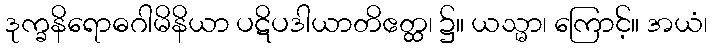
ဒုက္ခနိရောဓဂါမိနိယာ ပဋိပဒါယာတိဧတ္ထ၊ ၌။ ယသ္မာ၊ ကြောင့်။ အယံ၊